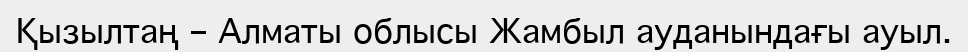
Қызылтаң – Алматы облысы Жамбыл ауданындағы ауыл.